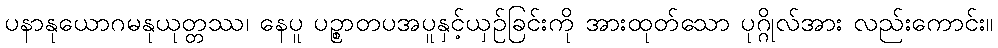
ပနာနုယောဂမနုယုတ္တဿ၊ နေပူ ပဉ္စာတပအပူနှင့်ယှဉ်ခြင်းကို အားထုတ်သော ပုဂ္ဂိုလ်အား လည်းကောင်း။